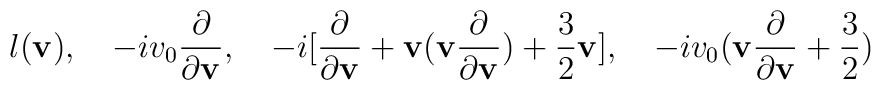
l({\bf v}),\quad -i v_0\frac{\partial}{\partial {\bf v}},\quad -i [\frac{\partial}{\partial {\bf v}}+{\bf v}({\bf v}\frac{\partial}{\partial {\bf v}})+\frac{3}{2}{\bf v}],\quad -i v_0({\bf v}\frac{\partial}{\partial {\bf v}}+\frac{3}{2})